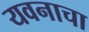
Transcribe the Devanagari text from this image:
यवनाचा